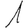
Digit: 1